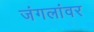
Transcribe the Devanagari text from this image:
जंगलांवर